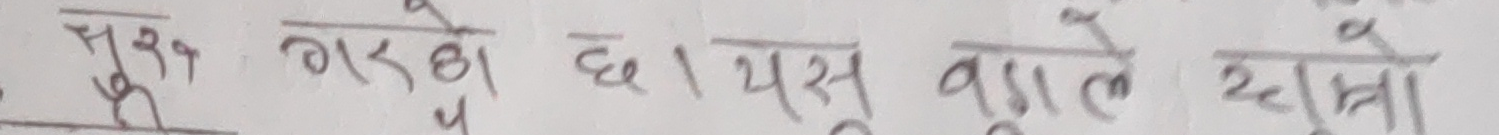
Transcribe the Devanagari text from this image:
चुक गर्छ । यसले धुवाँ